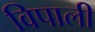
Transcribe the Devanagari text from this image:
विपाली